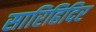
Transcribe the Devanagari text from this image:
सारिहिदिर